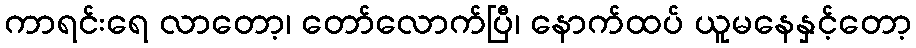
ကာရင်းရေ လာတော့၊ တော်လောက်ပြီ၊ နောက်ထပ် ယူမနေနှင့်တော့